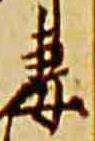
妻